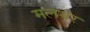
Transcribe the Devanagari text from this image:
मलयर